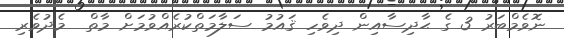
ނޮވެމްބަރު 3 ގެ ޙާދިސާއިން ދިވެހި ޤައުމު ސަލާމަތްކުރެއްވުމަށް މާތް  މެދުވެރި